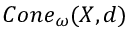
C o n e _ { \omega } ( X , d )